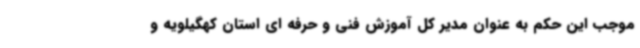
موجب این حکم به عنوان مدیر کل آموزش فنی و حرفه ای استان کهگیلویه و